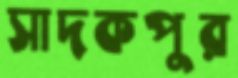
সাদকপুর